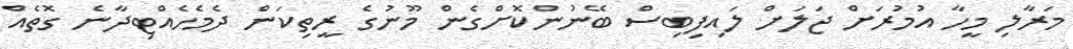
މަރާލި މީހާ އުމުރަށް ޖަލަށް ލައިފިބިސް ބޭނުންކޮށްގެން މޫނުގެ ރީތިކަން ދެމެހެއްޓިދާނެ ގޮތެއް